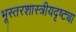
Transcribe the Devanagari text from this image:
भूस्तरशास्त्रीयदृष्ट्या